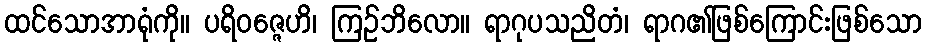
ထင်သောအာရုံကို။ ပရိဝဇ္ဇေဟိ၊ ကြဉ်ဘိလော။ ရာဂုပသညိတံ၊ ရာဂ၏ဖြစ်ကြောင်းဖြစ်သော